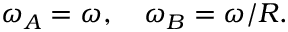
\omega _ { A } = \omega , \quad \omega _ { B } = \omega / R .